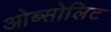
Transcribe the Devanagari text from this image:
ओब्सोलिट